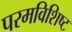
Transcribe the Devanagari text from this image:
परमविशिष्ट